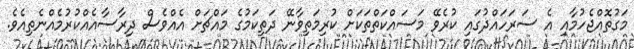
މަގުތޮއްޖެހުމާއި އެ ސަރަހައްދުގައި ކުރެވޭ މަސައްކަތްތަކަށް ކުރިމަތިވާނޭ ދަތިކަމުގެ މައްޗަށް އެއްވެސް ދިރާސާއެއްކުރުމެއްނެތިއެވެ.